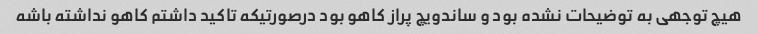
هیچ توجهی به توضیحات نشده بود و ساندویچ پراز کاهو بود درصورتیکه تاکید داشتم کاهو نداشته باشه